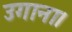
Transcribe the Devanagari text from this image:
उगाना।